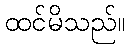
ထင်မိသည်။